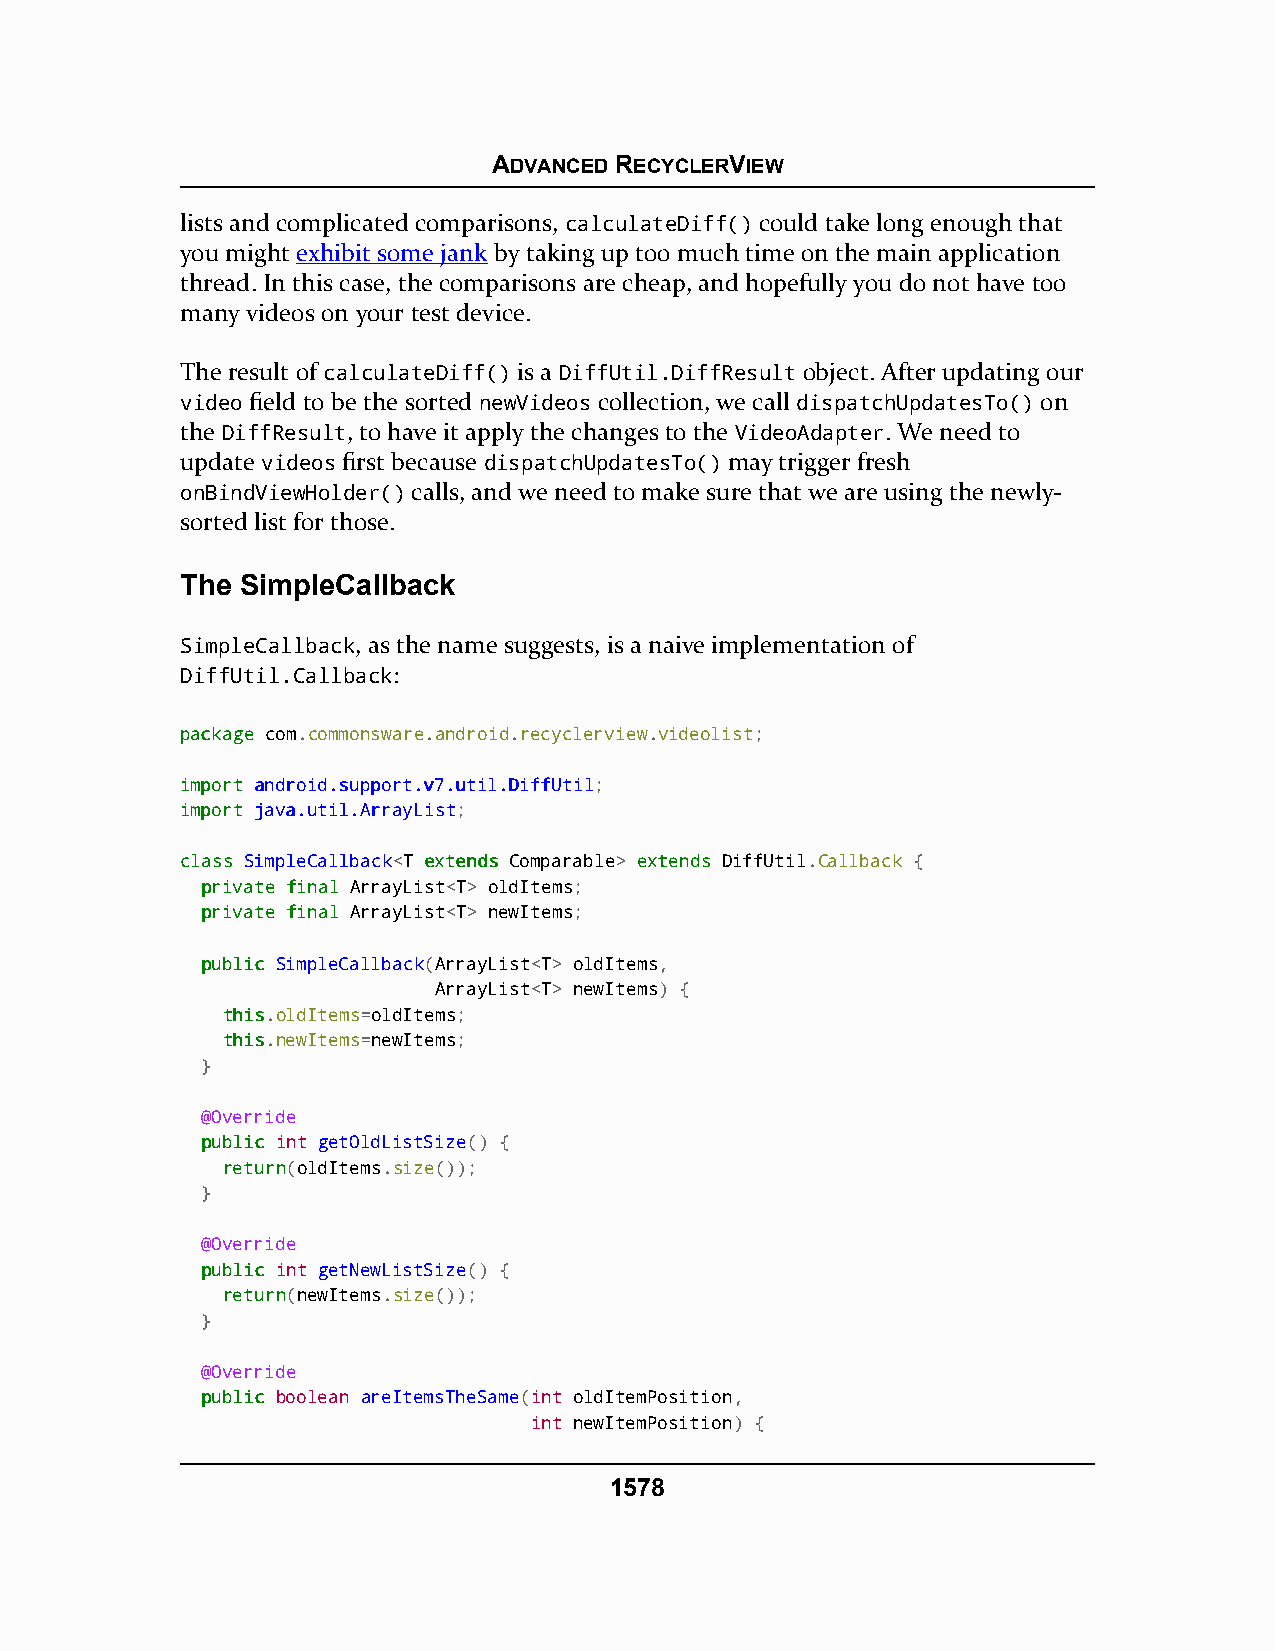
ADVANCED RECYCLERVIEW
 lists and complicated comparisons, calculateDiff() could take long enough that
 you might exhibit some jank by taking up too much time on the main application
 thread. In this case, the comparisons are cheap, and hopefully you do not have too
 many videos on your test device.
 The result of calculateDiff() is a DiffUtil.DiffResult object. After updating our
 video field to be the sorted newVideos collection, we call dispatchUpdatesTo() on
 the DiffResult, to have it apply the changes to the VideoAdapter. We need to
 update videos first because dispatchUpdatesTo() may trigger fresh
 onBindViewHolder() calls, and we need to make sure that we are using the newly-
 sorted list for those.
 The SimpleCallback
 SimpleCallback, as the name suggests, is a naive implementation of
 DiffUtil.Callback:
 ppaacckkaaggee com.commonsware.android.recyclerview.videolist;
 iimmppoorrtt aannddrrooiidd..ssuuppppoorrtt..vv77..uuttiill..DDiiffffUUttiill;
 iimmppoorrtt jjaavvaa..uuttiill..AArrrraayyLLiisstt;
 ccllaassss SSiimmpplleeCCaallllbbaacckk<T eexxtteennddss Comparable> eexxtteennddss DiffUtil.Callback {
 pprriivvaattee ffiinnaall ArrayList<T> oldItems;
 pprriivvaattee ffiinnaall ArrayList<T> newItems;
 ppuubblliicc SimpleCallback(ArrayList<T> oldItems,
 ArrayList<T> newItems) {
 tthhiiss.oldItems=oldItems;
 tthhiiss.newItems=newItems;
 }
 @Override
 ppuubblliicc int getOldListSize() {
 rreettuurrnn(oldItems.size());
 }
 @Override
 ppuubblliicc int getNewListSize() {
 rreettuurrnn(newItems.size());
 }
 @Override
 ppuubblliicc boolean areItemsTheSame(int oldItemPosition,
 int newItemPosition) {
 1578